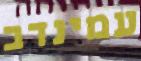
עמינדב